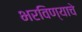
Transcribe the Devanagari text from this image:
भरविण्याचे